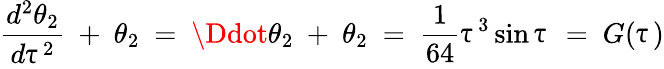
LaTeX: \frac{d^{2}\theta_{2}}{d\uptau^{2}}\ +\ \theta_{2}\ =\ \Ddot{\theta}_{2}\ +\ \theta_{2}\ =\ \frac{1}{64}\uptau^{3}\sin{\uptau}\ =\ G(\uptau)